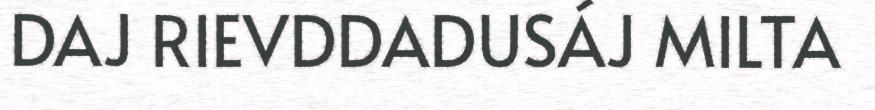
DAJ RIEVDDADUSÁJ MILTA